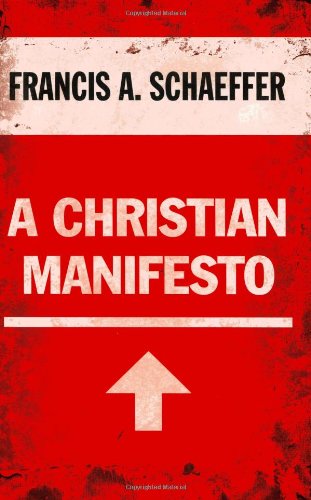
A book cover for A Christian Manifesto; Francis A. Schaeffer; Religion & Spirituality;